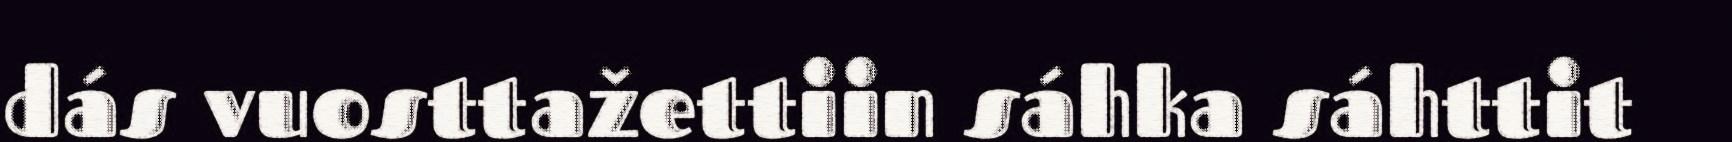
dás vuosttažettiin sáhka sáhttit